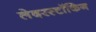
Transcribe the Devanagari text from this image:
लेदरस्टॉकिंग